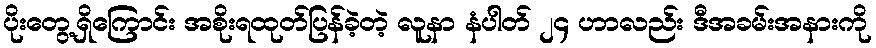
ပိုးတွေ့ရှိကြောင်း အစိုးရထုတ်ပြန်ခဲ့တဲ့ လူနာ နံပါတ် ၂၄ ဟာလည်း ဒီအခမ်းအနားကို